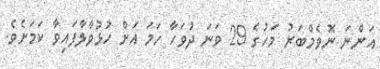
އަންނަ ނޮވެމްބަރު މަހުގެ 29 ވަނަ ދުވަހާ ހަމަ އަށް ހުޅުވާލާފައިވާ ކަމަށެވެ.